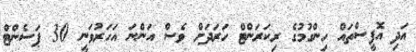
އަދި އޮފީސްތައް ހިންގުމުގެ ރިކަރަންޓް ހަރަދަށް ވެސް އަންނަ އަހަރުވަނީ 30 ޕަސެންޓް